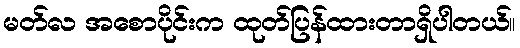
မတ်လ အစောပိုင်းက ထုတ်ပြန်ထားတာရှိပါတယ်။